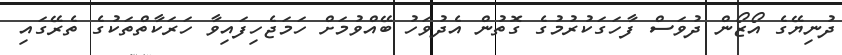
ދުނިޔޭގެ އޯޒޯން ދުވަސް ފާހަގަކުރުމުގެ ގޮތުން އެދުވަހު ބޭއްވުމަށް ހަމަޖެހިފައިވާ ހަރަކާތްތަކުގެ ތެރޭގައި